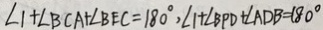
\angle 1 + \angle B C A + \angle B E C = 1 8 0 ^ { \circ } , \angle 1 + \angle B P D + \angle A D B = 1 8 0 ^ { \circ }